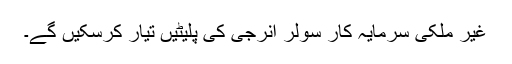
غیر ملکی سرمایہ کار سولر انرجی کی پلیٹیں تیار کرسکیں گے۔